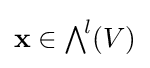
\mathbf {x} \in {\textstyle \bigwedge }^{\!l}(V)